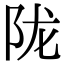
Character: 陇